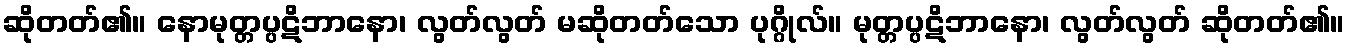
ဆိုတတ်၏။ နောမုတ္တပ္ပဋိဘာနော၊ လွတ်လွတ် မဆိုတတ်သော ပုဂ္ဂိုလ်။ မုတ္တပ္ပဋိဘာနော၊ လွတ်လွတ် ဆိုတတ်၏။